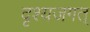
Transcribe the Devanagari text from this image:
दृश्यजगत्‌